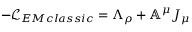
- \mathcal { L } _ { E M c l a s s i c } = \Lambda _ { \rho } + \mathbb { A } ^ { \mu } J _ { \mu }